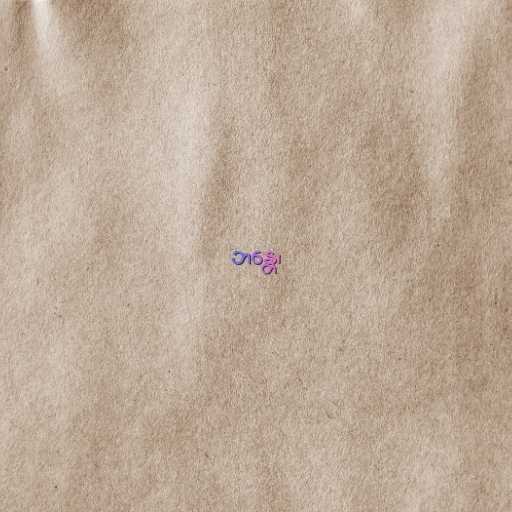
ဘန္တေ၊